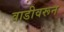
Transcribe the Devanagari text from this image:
वाडीवरून